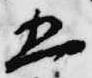
五